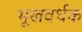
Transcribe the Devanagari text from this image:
भूखवर्धक